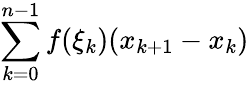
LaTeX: \sum_{k=0}^{n-1}f(\xi_{k})(x_{k+1}-x_{k})